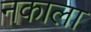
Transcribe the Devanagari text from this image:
नकाला